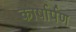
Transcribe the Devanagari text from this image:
कार्षार्पण